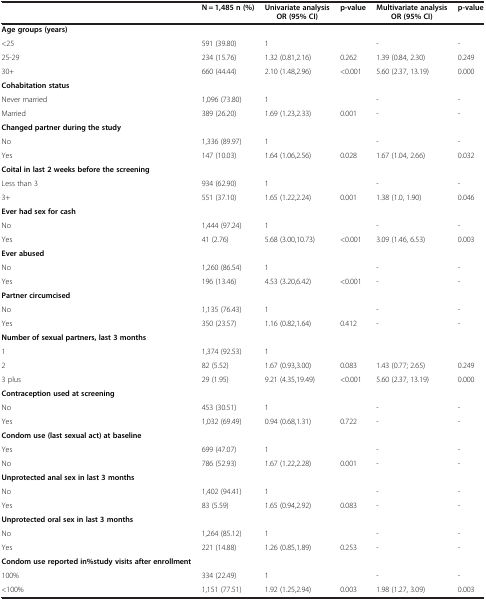
<table><thead><tr><td><b> </b></td><td><b>N = 1,485 n (%)</b></td><td><b>Univariate analysis OR (95% CI)</b></td><td><b>p-value</b></td><td><b>Multivariate analysis OR (95% CI)</b></td><td><b>p-value</b></td></tr></thead><tbody><tr><td><b>Age groups (years)</b></td><td> </td><td> </td><td> </td><td> </td><td> </td></tr><tr><td>&lt;25</td><td>591 (39.80)</td><td>1</td><td> </td><td>-</td><td>-</td></tr><tr><td>25-29</td><td>234 (15.76)</td><td>1.32 (0.81,2.16)</td><td>0.262</td><td>1.39 (0.84, 2.30)</td><td>0.249</td></tr><tr><td>30+</td><td>660 (44.44)</td><td>2.10 (1.48,2.96)</td><td>&lt;0.001</td><td>5.60 (2.37, 13.19)</td><td>0.000</td></tr><tr><td><b>Cohabitation status</b></td><td> </td><td> </td><td> </td><td> </td><td> </td></tr><tr><td>Never married</td><td>1,096 (73.80)</td><td>1</td><td> </td><td>-</td><td>-</td></tr><tr><td>Married</td><td>389 (26.20)</td><td>1.69 (1.23,2.33)</td><td>0.001</td><td>-</td><td>-</td></tr><tr><td><b>Changed partner during the study</b></td><td> </td><td> </td><td> </td><td> </td><td> </td></tr><tr><td>No</td><td>1,336 (89.97)</td><td>1</td><td> </td><td>-</td><td>-</td></tr><tr><td>Yes</td><td>147 (10.03)</td><td>1.64 (1.06,2.56)</td><td>0.028</td><td>1.67 (1.04, 2.66)</td><td>0.032</td></tr><tr><td><b>Coital in last 2 weeks before the screening</b></td><td> </td><td> </td><td> </td><td> </td><td> </td></tr><tr><td>Less than 3</td><td>934 (62.90)</td><td>1</td><td> </td><td>-</td><td>-</td></tr><tr><td>3+</td><td>551 (37.10)</td><td>1.65 (1.22,2.24)</td><td>0.001</td><td>1.38 (1.0, 1.90)</td><td>0.046</td></tr><tr><td><b>Ever had sex for cash</b></td><td> </td><td> </td><td> </td><td> </td><td> </td></tr><tr><td>No</td><td>1,444 (97.24)</td><td>1</td><td> </td><td>-</td><td>-</td></tr><tr><td>Yes</td><td>41 (2.76)</td><td>5.68 (3.00,10.73)</td><td>&lt;0.001</td><td>3.09 (1.46, 6.53)</td><td>0.003</td></tr><tr><td><b>Ever abused</b></td><td> </td><td> </td><td> </td><td> </td><td> </td></tr><tr><td>No</td><td>1,260 (86.54)</td><td>1</td><td> </td><td>-</td><td>-</td></tr><tr><td>Yes</td><td>196 (13.46)</td><td>4.53 (3.20,6.42)</td><td>&lt;0.001</td><td>-</td><td>-</td></tr><tr><td><b>Partner circumcised</b></td><td> </td><td> </td><td> </td><td> </td><td> </td></tr><tr><td>No</td><td>1,135 (76.43)</td><td>1</td><td> </td><td>-</td><td>-</td></tr><tr><td>Yes</td><td>350 (23.57)</td><td>1.16 (0.82,1.64)</td><td>0.412</td><td>-</td><td>-</td></tr><tr><td><b>Number of sexual partners, last 3 months</b></td><td> </td><td> </td><td> </td><td> </td><td> </td></tr><tr><td>1</td><td>1,374 (92.53)</td><td>1</td><td> </td><td> </td><td> </td></tr><tr><td>2</td><td>82 (5.52)</td><td>1.67 (0.93,3.00)</td><td>0.083</td><td>1.43 (0.77; 2.65)</td><td>0.249</td></tr><tr><td>3 plus</td><td>29 (1.95)</td><td>9.21 (4.35,19.49)</td><td>&lt;0.001</td><td>5.60 (2.37, 13.19)</td><td>0.000</td></tr><tr><td><b>Contraception used at screening</b></td><td> </td><td> </td><td> </td><td> </td><td> </td></tr><tr><td>No</td><td>453 (30.51)</td><td>1</td><td> </td><td>-</td><td>-</td></tr><tr><td>Yes</td><td>1,032 (69.49)</td><td>0.94 (0.68,1.31)</td><td>0.722</td><td>-</td><td>-</td></tr><tr><td><b>Condom use (last sexual act) at baseline</b></td><td> </td><td> </td><td> </td><td> </td><td> </td></tr><tr><td>Yes</td><td>699 (47.07)</td><td>1</td><td> </td><td>-</td><td>-</td></tr><tr><td>No</td><td>786 (52.93)</td><td>1.67 (1.22,2.28)</td><td>0.001</td><td>-</td><td>-</td></tr><tr><td><b>Unprotected anal sex in last 3 months</b></td><td> </td><td> </td><td> </td><td> </td><td> </td></tr><tr><td>No</td><td>1,402 (94.41)</td><td>1</td><td> </td><td>-</td><td>-</td></tr><tr><td>Yes</td><td>83 (5.59)</td><td>1.65 (0.94,2.92)</td><td>0.083</td><td>-</td><td>-</td></tr><tr><td><b>Unprotected oral sex in last 3 months</b></td><td> </td><td> </td><td> </td><td> </td><td> </td></tr><tr><td>No</td><td>1,264 (85.12)</td><td>1</td><td> </td><td>-</td><td>-</td></tr><tr><td>Yes</td><td>221 (14.88)</td><td>1.26 (0.85,1.89)</td><td>0.253</td><td>-</td><td>-</td></tr><tr><td><b>Condom use reported in%study visits after enrollment</b></td><td> </td><td> </td><td> </td><td> </td><td> </td></tr><tr><td>100%</td><td>334 (22.49)</td><td>1</td><td> </td><td>-</td><td>-</td></tr><tr><td>&lt;100%</td><td>1,151 (77.51)</td><td>1.92 (1.25,2.94)</td><td>0.003</td><td>1.98 (1.27, 3.09)</td><td>0.003</td></tr></tbody></table>